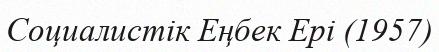
Cоциалистік Еңбек Ері (1957)